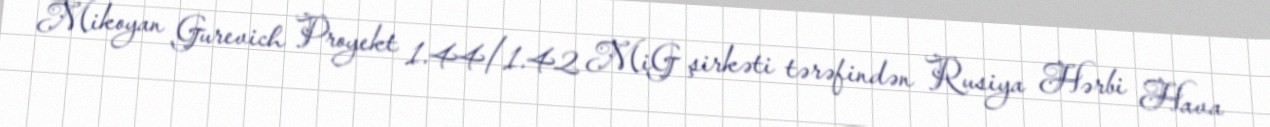
Mikoyan Gurevich Proyekt 1.44/1.42 MiG şirkəti tərəfindən Rusiya Hərbi Hava